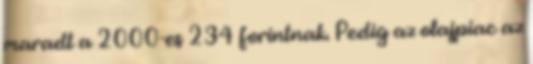
maradt a 2000-es 234 forintnak. Pedig az olajpiac az